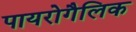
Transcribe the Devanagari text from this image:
पायरोगैलिक